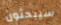
سيبحثون